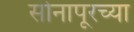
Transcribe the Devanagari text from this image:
सोनापूरच्या